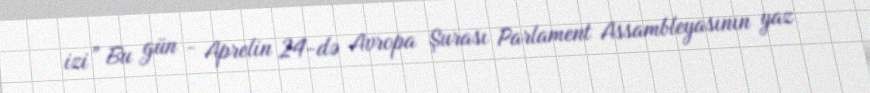
izi” Bu gün - Aprelin 24-də Avropa Şurası Parlament Assambleyasının yaz